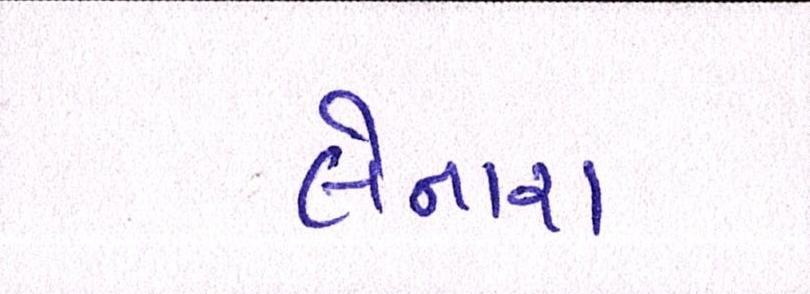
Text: લેનારા